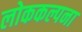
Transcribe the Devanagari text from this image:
लोककल्पना